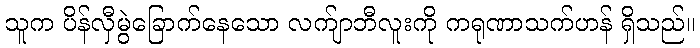
သူက ပိန်လှီမွဲခြောက်နေသော လက်ျာဘီလူးကို ကရုဏာသက်ဟန် ရှိသည်။